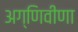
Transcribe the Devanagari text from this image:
अग्णिवीणा